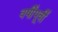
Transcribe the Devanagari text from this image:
वर्षीपूर्वी